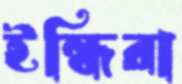
ইন্ধিরা